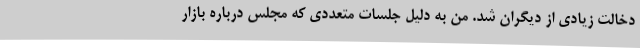
دخالت زیادی از دیگران شد. من به دلیل جلسات متعددی که مجلس درباره بازار